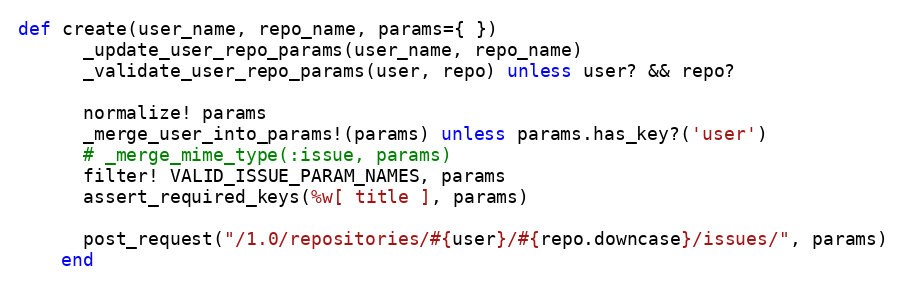
Language: Ruby
def create(user_name, repo_name, params={ })
      _update_user_repo_params(user_name, repo_name)
      _validate_user_repo_params(user, repo) unless user? && repo?

      normalize! params
      _merge_user_into_params!(params) unless params.has_key?('user')
      # _merge_mime_type(:issue, params)
      filter! VALID_ISSUE_PARAM_NAMES, params
      assert_required_keys(%w[ title ], params)

      post_request("/1.0/repositories/#{user}/#{repo.downcase}/issues/", params)
    end